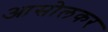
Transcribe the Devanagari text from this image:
आसोलकर